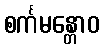
စင်္ကမန္တောဝ